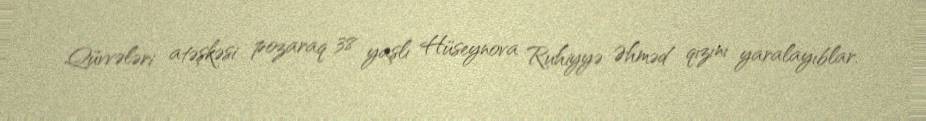
Qüvvələri atəşkəsi pozaraq 38 yaşlı Hüseynova Ruhiyyə Əhməd qızını yaralayıblar.